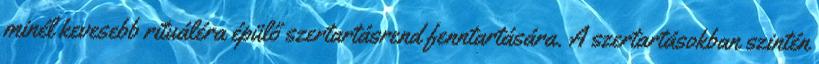
minél kevesebb rituáléra épülő szertartásrend fenntartására. A szertartásokban szintén